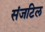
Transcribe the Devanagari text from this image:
संजटिल